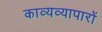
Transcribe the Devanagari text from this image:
काव्यव्यापारों